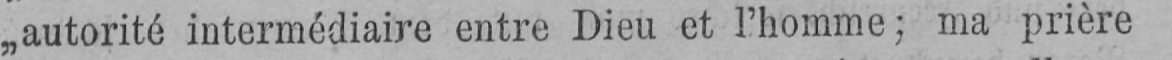
„autorité intermédiaire entre Dieu et l’homme; ma prière